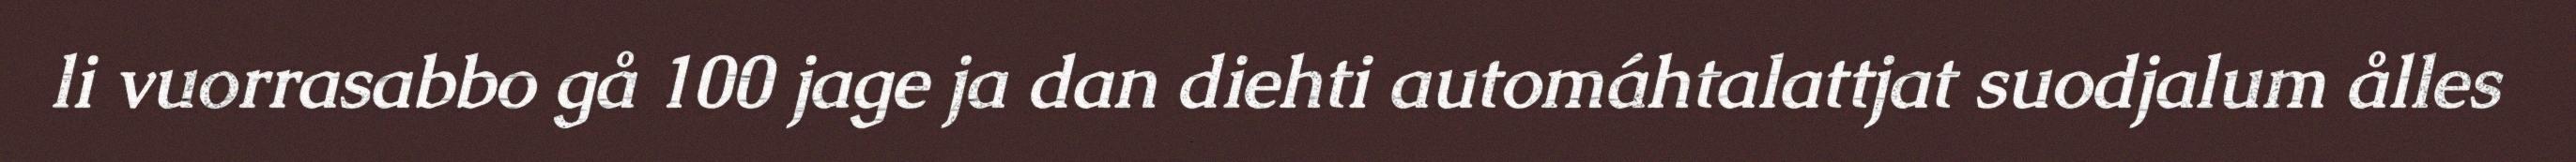
li vuorrasabbo gå 100 jage ja dan diehti automáhtalattjat suodjalum ålles